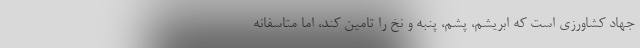
جهاد کشاورزی است که ابریشم، پشم، پنبه و نخ را تامین کند، اما متاسفانه